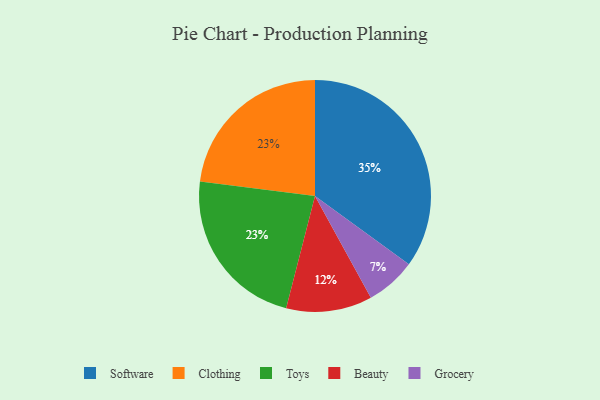
{"axis": {"x": "Category", "y": "Percentage"}, "legend": ["Beauty", "Clothing", "Grocery", "Software", "Toys"], "data": [{"x": "Beauty", "y": 12, "type": "Beauty"}, {"x": "Clothing", "y": 23, "type": "Clothing"}, {"x": "Software", "y": 35, "type": "Software"}, {"x": "Grocery", "y": 7, "type": "Grocery"}, {"x": "Toys", "y": 23, "type": "Toys"}]}